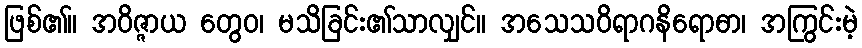
ဖြစ်၏။ အဝိဇ္ဇာယ တွေဝ၊ မသိခြင်း၏သာလျှင်။ အသေသဝိရာဂနိရောဓာ၊ အကြွင်းမဲ့